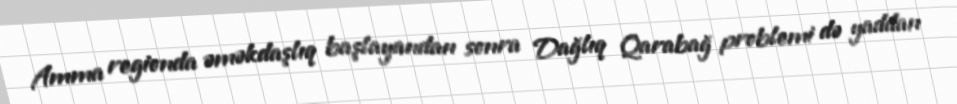
Amma regionda əməkdaşlıq başlayandan sonra Dağlıq Qarabağ problemi də yaddan